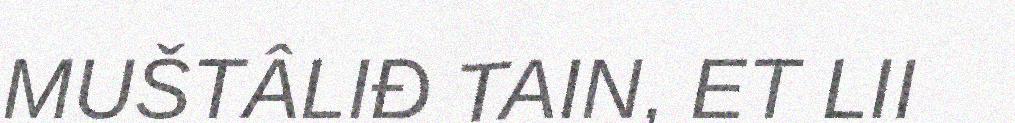
MUŠTÂLIĐ TAIN, ET LII